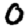
Digit: 0